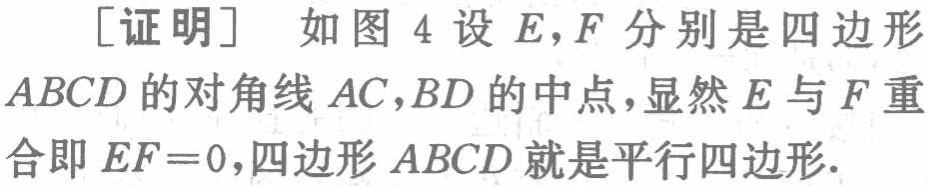
[证明] 如图 4 设 \(E,F\) 分别是四边形 \(ABCD\) 的对角线 \(AC,BD\) 的中点，显然 \(E\) 与 \(F\) 重合即 \(EF = 0\)，四边形 \(ABCD\) 就是平行四边形.